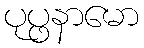
ပုပ္ဖနာမော